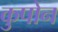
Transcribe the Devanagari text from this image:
कुपोन